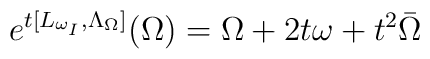
e^{t[L_{\omega_I}, \Lambda_{\Omega}]}(\Omega) = \Omega + 2t \omega + t^2 \bar \Omega